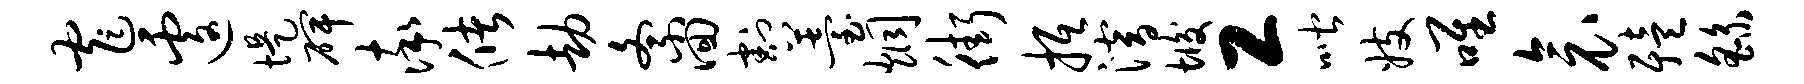
窄遽堤碑率储劫紊回割薹炯街抵潜垢工喈妓唯衾殪繇